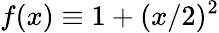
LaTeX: f(x)\equiv 1+(x/2)^{2}